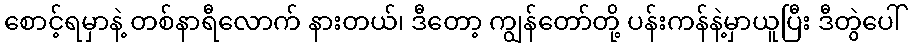
စောင့်ရမှာနဲ့ တစ်နာရီလောက် နားတယ်၊ ဒီတော့ ကျွန်တော်တို့ ပန်းကန်နဲ့မှာယူပြီး ဒီတွဲပေါ်